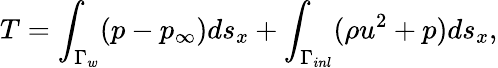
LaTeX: T=\int_{\Gamma_{w}}(p-p_{\infty})ds_{x}+\int_{\Gamma_{inl}}(\rho u^{2}+p)ds_{x},